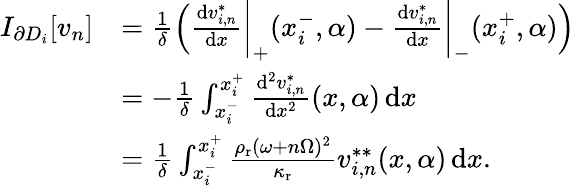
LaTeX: \begin{array}{rl}{I_{\partial D_{i}}[v_{n}]}&{=\frac{1}{\delta}\left(\frac{\mathrm{d}v_{i,n}^{*}}{\mathrm{d}x}\bigg\vert_{+}(x_{i}^{-},\alpha)-\frac{\mathrm{d}v_{i,n}^{*}}{\mathrm{d}x}\bigg\vert_{-}(x_{i}^{+},\alpha)\right)}\\ &{=-\frac{1}{\delta}\int_{x_{i}^{-}}^{x_{i}^{+}}\frac{\mathrm{d}^{2}v_{i,n}^{*}}{\mathrm{d}x^{2}}(x,\alpha)\, \mathrm{d}x}\\ &{=\frac{1}{\delta}\int_{x_{i}^{-}}^{x_{i}^{+}}\frac{\rho_{\mathrm{r}}(\omega+n\Omega)^{2}}{\kappa_{\mathrm{r}}}v_{i,n}^{**}(x,\alpha)\, \mathrm{d}x.}\end{array}